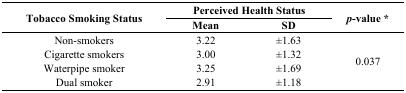
<table><thead><tr><td rowspan="2"><b>Tobacco Smoking Status</b></td><td colspan="2"><b>Perceived Health Status</b></td><td rowspan="2"><b><i>p</i>-value *</b></td></tr><tr><td><b>Mean</b></td><td><b>SD</b></td></tr></thead><tbody><tr><td>Non-smokers </td><td>3.22</td><td>±1.63</td><td rowspan="4">0.037</td></tr><tr><td>Cigarette smokers </td><td>3.00</td><td>±1.32</td></tr><tr><td>Waterpipe smoker</td><td>3.25</td><td>±1.69</td></tr><tr><td>Dual smoker </td><td>2.91</td><td>±1.18</td></tr></tbody></table>